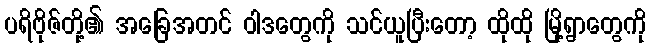
ပရိဗိုဇ်တို့၏ အခြေအတင် ဝါဒတွေကို သင်ယူပြီးတော့ ထိုထို မြို့ရွာတွေကို